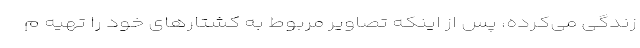
زندگی می‌کرده، پس از اینکه تصاویر مربوط به کشتارهای خود را تهیه م